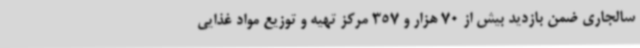
سالجاری ضمن بازدید بیش از 70 هزار و 357 مرکز تهیه و توزیع مواد غذایی